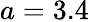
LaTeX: a=3.4